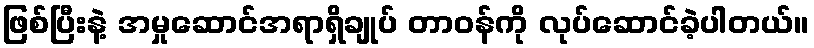
ဖြစ်ပြီးနဲ့ အမှုဆောင်အရာရှိချုပ် တာဝန်ကို လုပ်ဆောင်ခဲ့ပါတယ်။